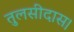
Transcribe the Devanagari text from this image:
तुलसीदास।